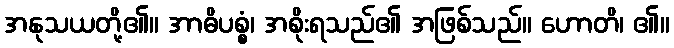
အနုသယတို့၏။ အာဓိပစ္စံ၊ အစိုးရသည်၏ အဖြစ်သည်။ ဟောတိ၊ ၏။